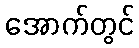
အောက်တွင်